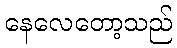
နေလေတော့သည်